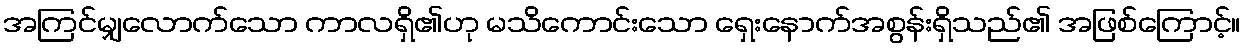
အကြင်မျှလောက်သော ကာလရှိ၏ဟု မသိကောင်းသော ရှေးနောက်အစွန်းရှိသည်၏ အဖြစ်ကြောင့်။